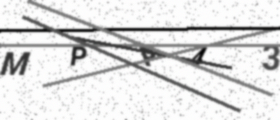
Text: MPP43